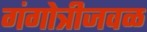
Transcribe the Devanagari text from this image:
गंगोत्रीजवळ